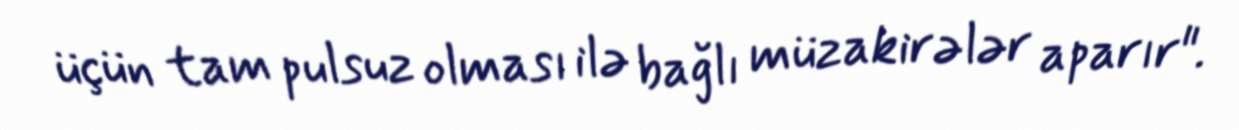
üçün tam pulsuz olması ilə bağlı müzakirələr aparır".